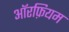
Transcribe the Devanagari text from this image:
ऑरफ़ियम